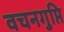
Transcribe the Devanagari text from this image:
वचनगुप्ति